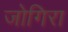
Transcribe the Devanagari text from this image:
जोगिरा